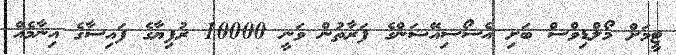
ޓީމަށް މޯލްޑިވްސް ބަށި އެސޯސިއޭޝަންގެ ފަރާތުން ވަނީ 10000 ރުފިޔާގެ ފައިސާގެ އިނާމެއް